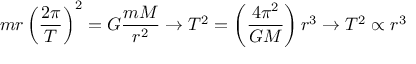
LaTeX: m r \left( { \frac { 2 \pi } { T } } \right) ^ { 2 } = G { \frac { m M } { r ^ { 2 } } } \rightarrow T ^ { 2 } = \left( { \frac { 4 \pi ^ { 2 } } { G M } } \right) r ^ { 3 } \rightarrow T ^ { 2 } \propto r ^ { 3 }